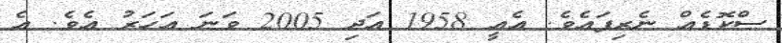
ސްކޮޑެއް ނެރިފައެވެ. އެއީ 1958 އަދި 2005 ވަނަ އަހަރު އެވެ. އެ